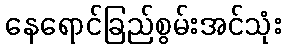
နေရောင်ခြည်စွမ်းအင်သုံး